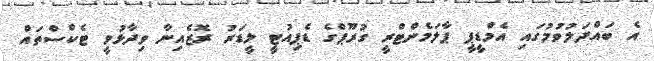
އެ ބައްދަލުވުމުގައި އެމްޑީޕީ ޕާލަމެންޓްރީ ގުރޫޕްގެ ޑެޕިއުޓީ ލީޑަރު ރޮޒެއިނާ ވިދާޅުވީ ޓެކްސްތައް